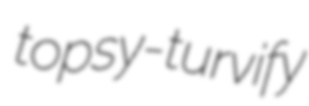
topsy-turvify